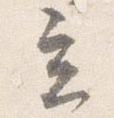
立